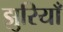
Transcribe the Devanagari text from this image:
झुरियाँ